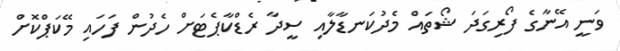
ވަނީ އޭނާގެ ފޯރިގަދަ ޝޯތައް މެދުކަނޑާލާއި ސީދާ ރެޑްކާޕެޓަށް ހެދުން ފަހައި މޭކަޕްކޮށް